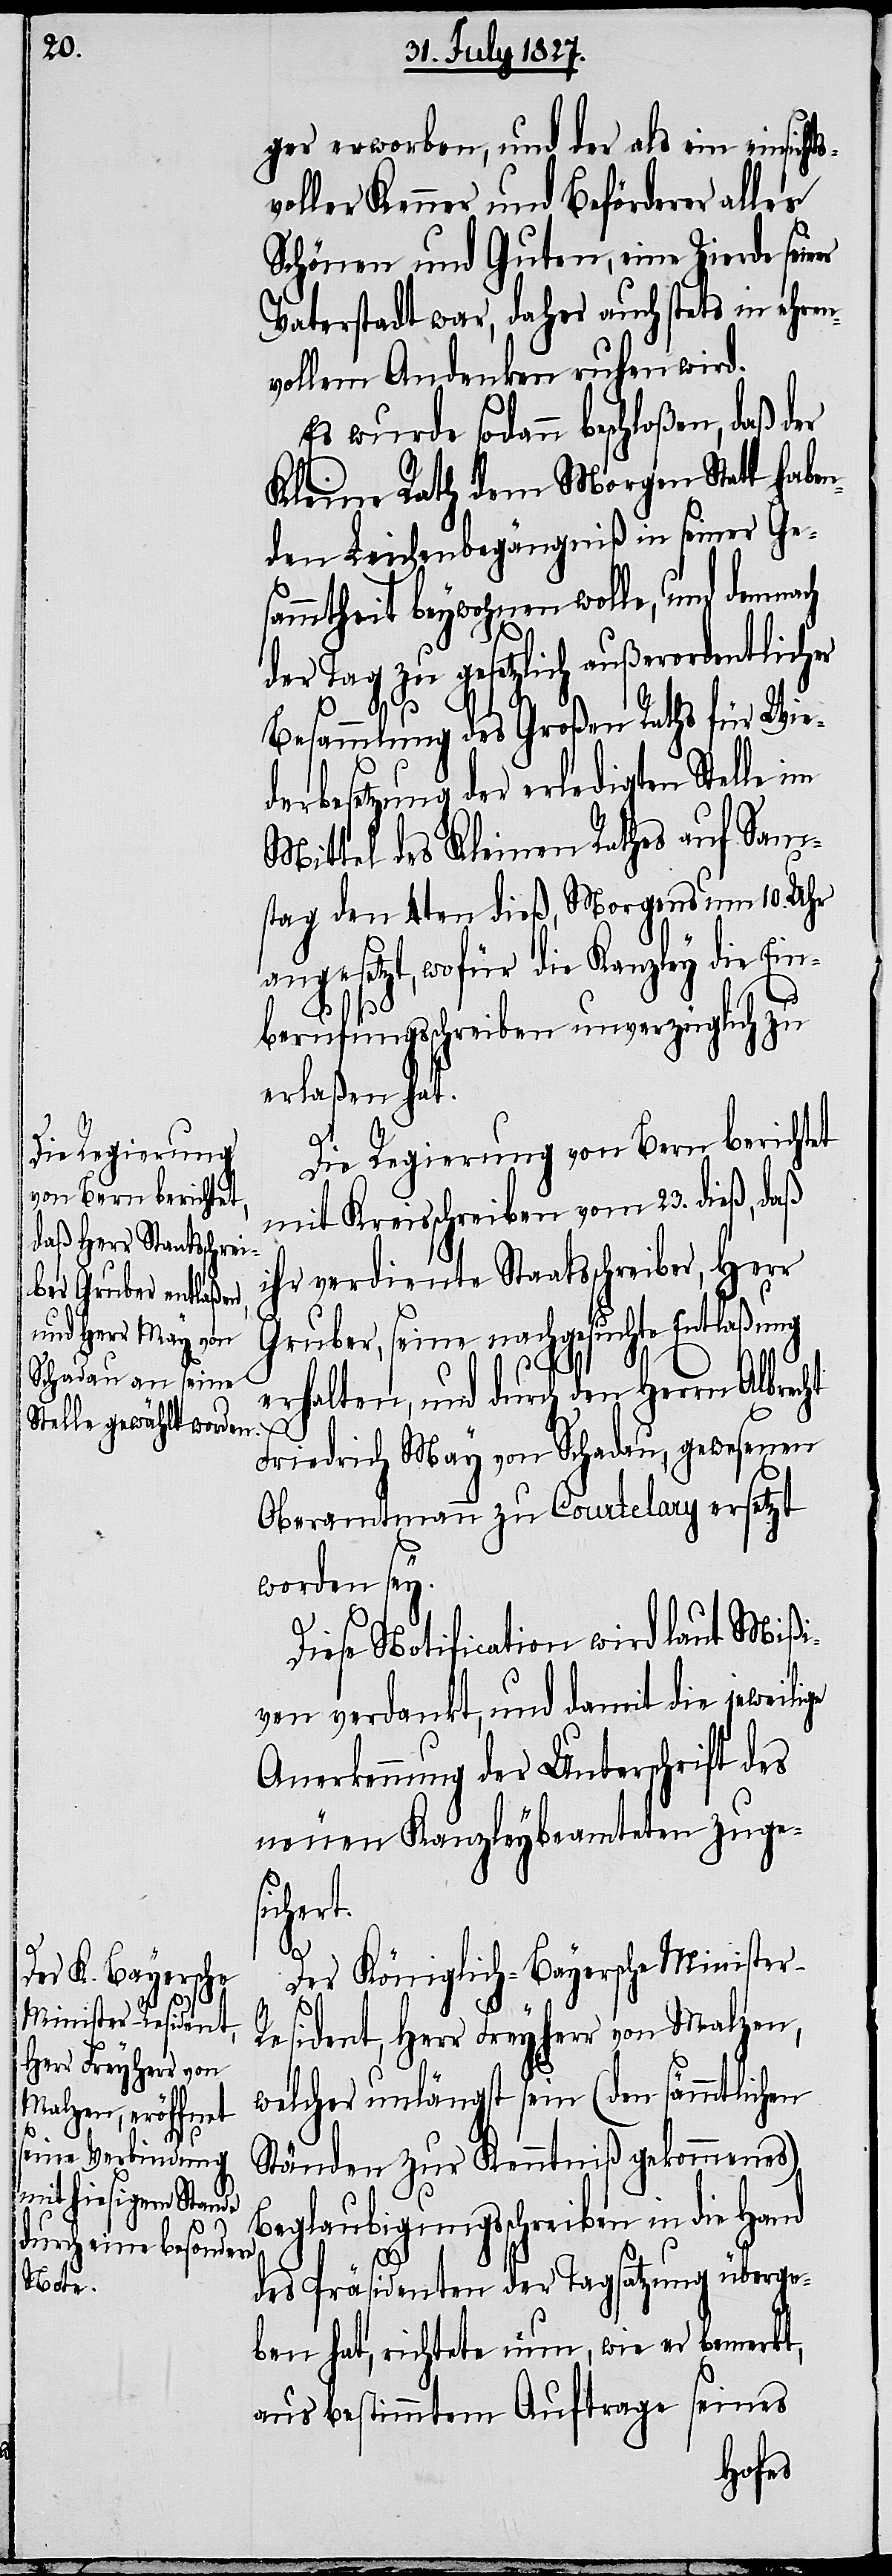
ger erworben, und der als ein einsicht¬
voller Kenner und Beförderer alles
Schönen und Guten, eine Zierde se¬
Vaterstadt war, daher auch stets in ehren¬
vollem Andenken ruhen wird.
Es wurde sodann beschloßen, daß der
Kleine Rath dem Morgen Statt haben¬
den Leichenbegängniß in seiner Ge¬
sammtheit beywohnen wolle, und demna¬
der Tag zu gesetzlich außerordentlicher
Besammlung des großen Raths für Wie¬
derbesetzung der erledigten Stelle im
Mittel des Kleinen Rathes auf Sam¬
stag den 4ten dieß, Morgens um 10. Uhr
angesetzt, wofür die Kanzley die Ein¬
ch
berufungsschreiben unverzüglich zu
erlaßen hat.
Die Regierung von Bern berichtet
mit Kreisschreiben vom 23. dieß, daß
ihr verdienter Staatsschreiber, Herr
Gruber, seine nachgesuchte Entlaßung
erhalten, und durch den Herrn Albrec¬
r-R¬
Friedrich May von Schadau, gewesenen
Oberamtmann zu Courtelary ersetzt
worden sey.
Diese Notification wird laut Mißi¬
ven verdankt, und damit die jeweilige
Anerkennung der Unterschrift des
neuen Kanzleybeamteten zuge¬
siche¬
Der Königlich-Bayersche Ministe¬
esident, Herr Freyherr von Malzen,
welcher unlängst sein (den sämmtlichen
Ständen zur Kenntniß gekommenes)
Beglaubigungsschreiben in die Hand
des Präsidenten der Tagsatzung überge¬
ben hat, richtete nun, wie er bemerkt,
aus bestimmtem Auftrage seines